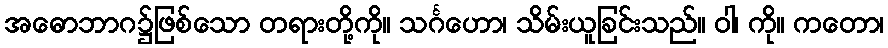
အဓောဘာဂ၌ဖြစ်သော တရားတို့ကို။ သင်္ဂဟော၊ သိမ်းယူခြင်းသည်။ ဝါ၊ ကို။ ကတော၊